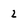
Character: 2